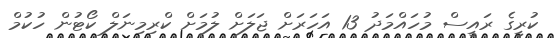
ކުރީގެ ރައީސް މުހައްމަދު 13 އަހަރަށް ޖަލަށް ލުމަށް ކްރިމިނަލް ކޯޓުން ހުކުމް